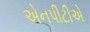
એનપીટીએ